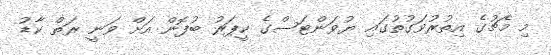
މި މެޗުގެ އިތުރުވަގުތުގައި ޔުވަންޓަސްގެ ކީޕަރު ބުފޮން އަށް ވަނީ ރަތް ކާޑު